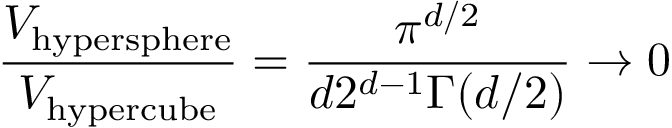
{ \frac { V _ { \mathrm { h y p e r s p h e r e } } } { V _ { \mathrm { h y p e r c u b e } } } } = { \frac { \pi ^ { d / 2 } } { d 2 ^ { d - 1 } \Gamma ( d / 2 ) } } \rightarrow 0